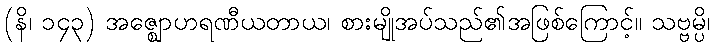
(နိ၊ ၁၄၃) အဇ္ဈောဟရဏီယတာယ၊ စားမျိုအပ်သည်၏အဖြစ်ကြောင့်။ သဗ္ဗမ္ပိ၊